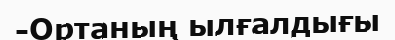
-Ортаның ылғалдығы